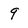
Character: 9